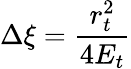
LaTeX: \Delta\xi=\frac{r_{t}^{2}}{4E_{t}}